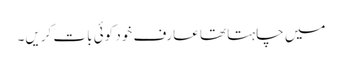
میں چاہتا تھا عارف خود کوئی بات کریں۔